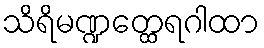
သိရိမဏ္ဍတ္ထေရဂါထာ